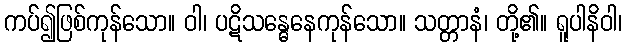
ကပ်၍ဖြစ်ကုန်သော။ ဝါ၊ ပဋိသန္ဓေနေကုန်သော။ သတ္တာနံ၊ တို့၏။ ရူပါနိဝါ၊